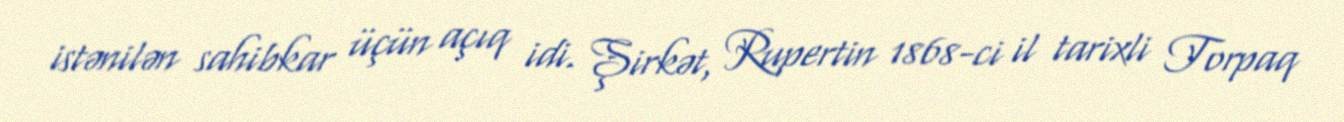
istənilən sahibkar üçün açıq idi. Şirkət, Rupertin 1868-ci il tarixli Torpaq